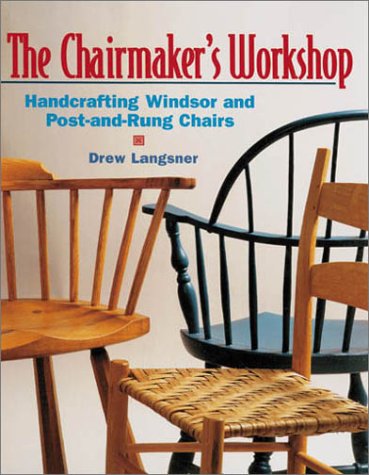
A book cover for The Chairmaker's Workshop: Handcrafting Windsor and Post-and-Rung Chairs; Drew Langsner; Crafts, Hobbies & Home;